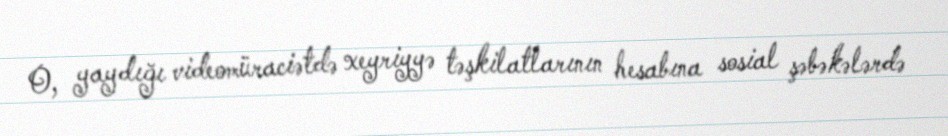
O, yaydığı videomüraciətdə xeyriyyə təşkilatlarının hesabına sosial şəbəkələrdə